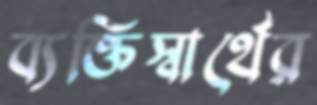
ব্যক্তিস্বার্থের